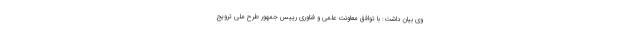
وی بیان داشت: با توافق معاونت علمی و فناوری رییس جمهور طرح ملی ترویج